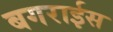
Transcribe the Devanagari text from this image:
बगराईस